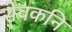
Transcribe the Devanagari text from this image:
सेवकनि